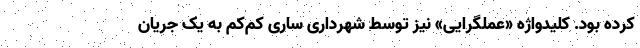
کرده بود. کلیدواژه «عملگرایی» نیز توسط شهرداری ساری کم‌کم به یک جریان